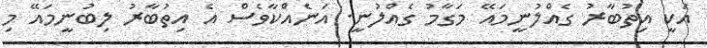
އަކީ އިތުބާރު ގެއްލުނީމައޭ މަގާމު ގެއްލުނީ. އަނެއްކާވެސް އެ އިތުބާރު ލިބުނީމައޭ މި